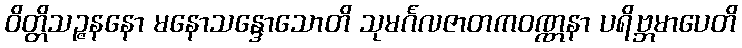
ဝိတ္တိသဉ္ဇနနော မနောသန္ဒောသောတိ သုမင်္ဂလဇာတကဝဏ္ဏနာ ပရိဗ္ဘမာပေတိ